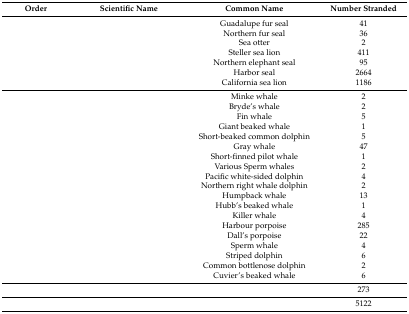
<table><thead><tr><td><b>Order</b></td><td><b>Scientific Name</b></td><td><b>Common Name</b></td><td><b>Number Stranded</b></td></tr></thead><tbody><tr><td>[EMPTY_CELL]</td><td>[EMPTY_CELL]</td><td>Guadalupe fur seal</td><td>41</td></tr><tr><td>[EMPTY_CELL]</td><td>[EMPTY_CELL]</td><td>Northern fur seal</td><td>36</td></tr><tr><td>[EMPTY_CELL]</td><td>[EMPTY_CELL]</td><td>Sea otter</td><td>2</td></tr><tr><td>[EMPTY_CELL]</td><td>[EMPTY_CELL]</td><td>Steller sea lion</td><td>411</td></tr><tr><td>[EMPTY_CELL]</td><td>[EMPTY_CELL]</td><td>Northern elephant seal</td><td>95</td></tr><tr><td>[EMPTY_CELL]</td><td>[EMPTY_CELL]</td><td>Harbor seal</td><td>2664</td></tr><tr><td>[EMPTY_CELL]</td><td>[EMPTY_CELL]</td><td>California sea lion</td><td>1186</td></tr><tr><td>[EMPTY_CELL]</td><td>[EMPTY_CELL]</td><td>Minke whale</td><td>2</td></tr><tr><td>[EMPTY_CELL]</td><td>[EMPTY_CELL]</td><td>Bryde’s whale</td><td>2</td></tr><tr><td>[EMPTY_CELL]</td><td>[EMPTY_CELL]</td><td>Fin whale</td><td>5</td></tr><tr><td>[EMPTY_CELL]</td><td>[EMPTY_CELL]</td><td>Giant beaked whale</td><td>1</td></tr><tr><td>[EMPTY_CELL]</td><td>[EMPTY_CELL]</td><td>Short-beaked common dolphin</td><td>5</td></tr><tr><td>[EMPTY_CELL]</td><td>[EMPTY_CELL]</td><td>Gray whale</td><td>47</td></tr><tr><td>[EMPTY_CELL]</td><td>[EMPTY_CELL]</td><td>Short-finned pilot whale</td><td>1</td></tr><tr><td>[EMPTY_CELL]</td><td>[EMPTY_CELL]</td><td>Various Sperm whales</td><td>2</td></tr><tr><td>[EMPTY_CELL]</td><td>[EMPTY_CELL]</td><td>Pacific white-sided dolphin</td><td>4</td></tr><tr><td>[EMPTY_CELL]</td><td>[EMPTY_CELL]</td><td>Northern right whale dolphin</td><td>2</td></tr><tr><td>[EMPTY_CELL]</td><td>[EMPTY_CELL]</td><td>Humpback whale</td><td>13</td></tr><tr><td>[EMPTY_CELL]</td><td>[EMPTY_CELL]</td><td>Hubb’s beaked whale</td><td>1</td></tr><tr><td>[EMPTY_CELL]</td><td>[EMPTY_CELL]</td><td>Killer whale</td><td>4</td></tr><tr><td>[EMPTY_CELL]</td><td>[EMPTY_CELL]</td><td>Harbour porpoise</td><td>285</td></tr><tr><td>[EMPTY_CELL]</td><td>[EMPTY_CELL]</td><td>Dall’s porpoise</td><td>22</td></tr><tr><td>[EMPTY_CELL]</td><td>[EMPTY_CELL]</td><td>Sperm whale</td><td>4</td></tr><tr><td>[EMPTY_CELL]</td><td>[EMPTY_CELL]</td><td>Striped dolphin</td><td>6</td></tr><tr><td>[EMPTY_CELL]</td><td>[EMPTY_CELL]</td><td>Common bottlenose dolphin</td><td>2</td></tr><tr><td>[EMPTY_CELL]</td><td>[EMPTY_CELL]</td><td>Cuvier’s beaked whale</td><td>6</td></tr><tr><td>[EMPTY_CELL]</td><td>[EMPTY_CELL]</td><td>[EMPTY_CELL]</td><td>273</td></tr><tr><td>[EMPTY_CELL]</td><td>[EMPTY_CELL]</td><td>[EMPTY_CELL]</td><td>5122</td></tr></tbody></table>